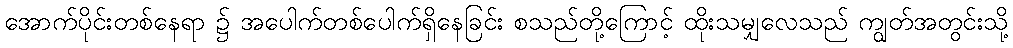
အောက်ပိုင်းတစ်နေရာ ၌ အပေါက်တစ်ပေါက်ရှိနေခြင်း စသည်တို့ကြောင့် ထိုးသမျှလေသည် ကျွတ်အတွင်းသို့